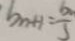
b _ { n + 1 } = \frac { 6 } { 3 }